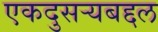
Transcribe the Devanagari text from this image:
एकदुसर्‍यबद्दल